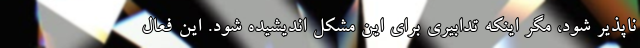
ناپذیر شود، مگر اینکه تدابیری برای این مشکل اندیشیده شود. این فعال